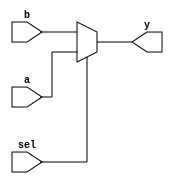
module vector_continuous_assignment (
    input wire [7:0] a,        // 8-bit input vector a
    input wire [7:0] b,        // 8-bit input vector b
    input wire sel,            // Select signal for multiplexing
    output wire [7:0] y        // 8-bit output vector y
);

// Continuous assignment to output vector y based on select signal
assign y = (sel) ? a : b;    // If sel is high, y = a; otherwise, y = b

endmodule